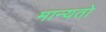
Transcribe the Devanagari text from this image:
मान्यतो